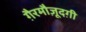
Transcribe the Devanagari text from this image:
ग़ैरमौज़ूदग़ी